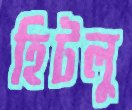
হিটলু